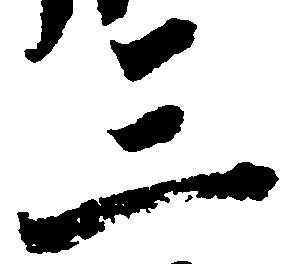
三